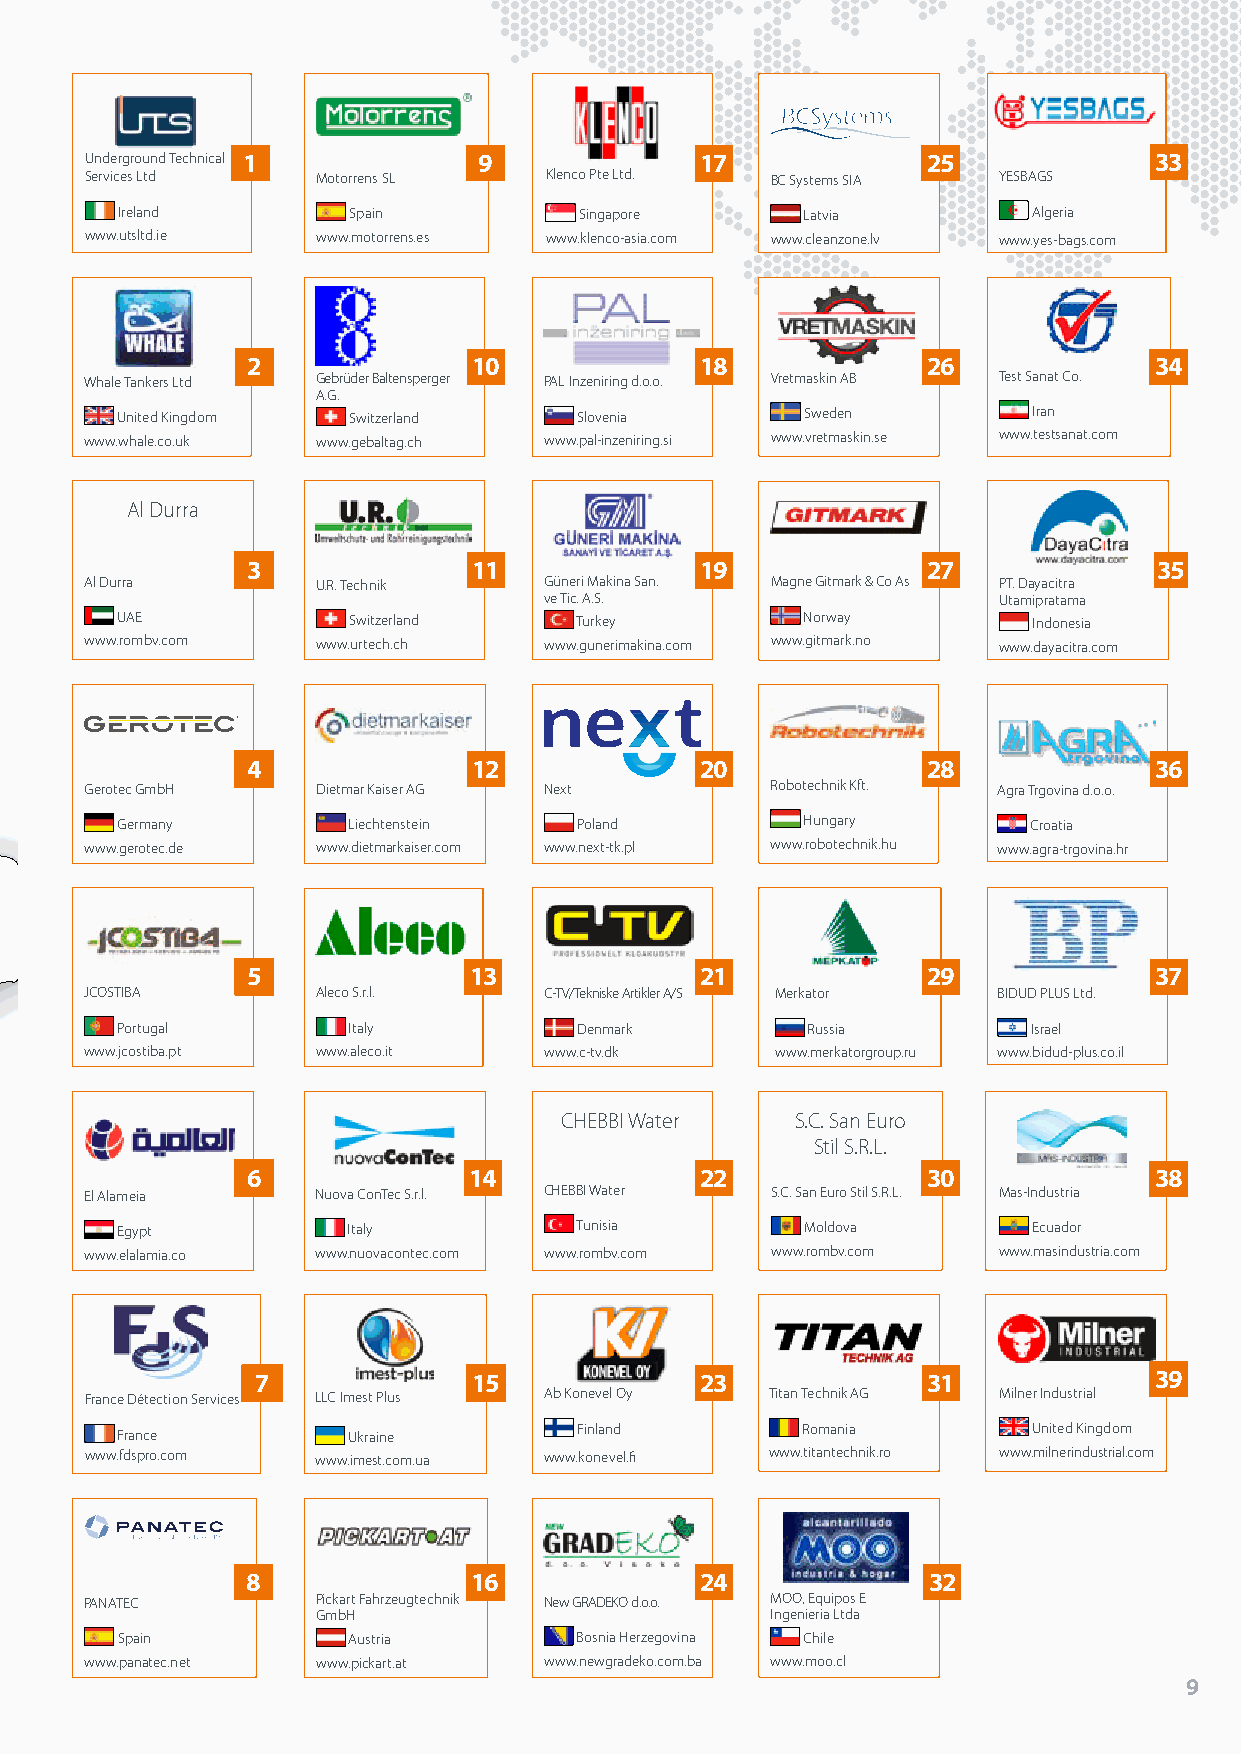
Underground Technical 1   9             17             25             33
 Services Ltd   Motorrens SL   Klenco Pte Ltd. BC Systems SIA YESBAGS
 Ireland        Spain          Singapore      Latvia         Algeria
 www.utsltd.ie  www.motorrens.es www.klenco-asia.com www.cleanzone.lv www.yes-bags.com
 2              10             18             26             34
 Whale Tankers Ltd Gebrüder Baltensperger PAL Inzeniring d.o.o. Vretmaskin AB Test Sanat Co.
 A.G.
 United Kingdom Switzerland    Slovenia       Sweden         Iran
 www.whale.co.uk www.gebaltag.ch www.pal-inzeniring.si www.vretmaskin.se www.testsanat.com
 Al Durra
 3              11             19             27              35
 Al Durra       U.R. Technik   Güneri Makina San. Magne Gitmark & Co As PT. Dayacitra
 ve Tic. A.S.                  Utamipratama
 UAE            Switzerland    Turkey         Norway         Indonesia
 www.rombv.com  www.urtech.ch  www.gunerimakina.com www.gitmark.no www.dayacitra.com
 4              12             20             28             36
 Gerotec GmbH   Dietmar Kaiser AG Next        Robotechnik Kft. Agra Trgovina d.o.o.
 Germany        Liechtenstein  Poland         Hungary        Croatia
 www.gerotec.de www.dietmarkaiser.com www.next-tk.pl www.robotechnik.hu www.agra-trgovina.hr
 5              13             21             29             37
 JCOSTIBA       Aleco S.r.l.   C-TV/Tekniske Artikler A/S Merkator BIDUD PLUS Ltd.
 Portugal       Italy          Denmark        Russia         Israel
 www.jcostiba.pt www.aleco.it  www.c-tv.dk    www.merkatorgroup.ru www.bidud-plus.co.il
 CHEBBI Water    S.C. San Euro
 Stil S.R.L.
 6              14             22             30             38
 El Alameia     Nuova ConTec S.r.l. CHEBBI Water S.C. San Euro Stil S.R.L. Mas-Industria
 Egypt          Italy          Tunisia        Moldova        Ecuador
 www.elalamia.co www.nuovacontec.com www.rombv.com www.rombv.com www.masindustria.com
 7             15             23             31             39
 France Détection Services LLC Imest Plus Ab Konevel Oy Titan Technik AG Milner Industrial
 France         Ukraine        Finland        Romania        United Kingdom
 www.fdspro.com www.imest.com.ua www.konevel.fi www.titantechnik.ro www.milnerindustrial.com
 8              16             24             32
 PANATEC        Pickart Fahrzeugtechnik New GRADEKO d.o.o. MOO, Equipos E
 GmbH                          Ingenieria Ltda
 Spain          Austria        Bosnia Herzegovina Chile
 www.panatec.net www.pickart.at www.newgradeko.com.ba www.moo.cl
 ROM bv 99